Report of the Hyderabad Chloroform Commission
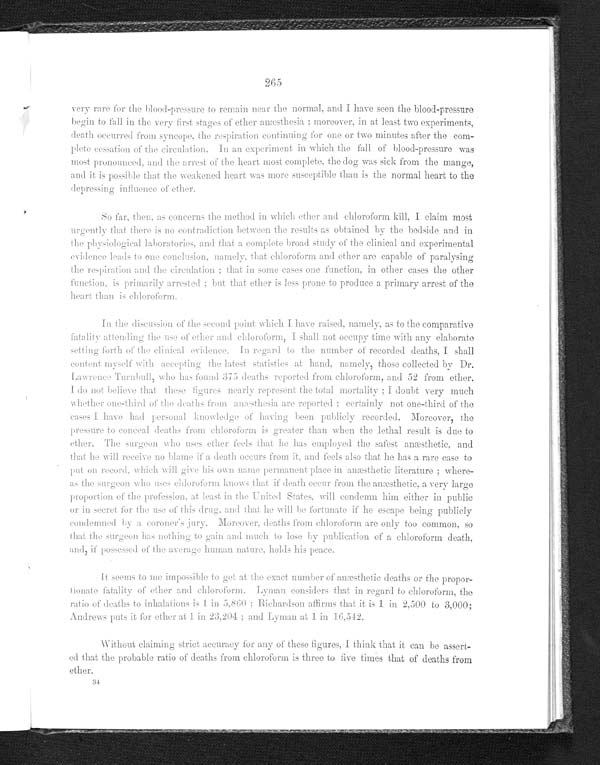
265
very rare for the blood-pressure to remain near the normal, and I have seen the blood-pressure
begin to fall in the very first stages of ether anæsthesia; moreover, in at least two experiments,
death occurred from syncope, the respiration continuing for one or two minutes after the com-
plete cessation of the circulation. In experiment in which the fall of blood-pressure was
most pronounced, and the arrest of the heart most complete, the dog was sick from the mange,
and it is possible that the weakened heart was more susceptible than is the normal heart to the
depressing influence of ether.
So far, then, as concerns the method in which ether and chloroform kill, I claim most
urgently that there is no contradiction between the results as obtained by the bedside and in
th e physiological laboratories, and that a complete broad study of the clinical and experimental
evidence leads to one conclusion, namely, that chloroform and ether are capable of paralysing
the respiration and the circulation; that in some cases one f u n c t i o n , i n o t h e r c a s e s t h e o t h e r
function, is primarily arrested, but that ether is less prone to produce a primary arrest of the
heart than is chloroform.
In the discussion of the second point which I have raised, namely, as to the comparative
fatality attending the use of ether and chloroform, I shall not occupy time with any elaborate
setting forth of the clinical evidence. In regard to the number of recorded deaths, I shall
content myself with accepting the latest statistics at hand, n
amely, those collected by Dr.
Lawrence Turnbull, who has found 375 deaths reported from chloroform, and 52 from ether.
I do not believe that these figures nearly represent the total mortality; I doubt very much
whether one-third of the deaths from anæsthesia are reported: certainly not one-third of the
cases I have had personal knowledge of having been publicly recorded. Moreover, the
pressure to conceal deaths from chloroform is greater than when the lethal result is due to
ether. The surgeon who uses ether feels that he has employed the safest anæsthetic, and
that he will receive no blame if a dea th occurs from it, and feels also that he has a rare case to
put on record
, which will give his own name permanent place in anæsthetic literature; where-
as the surgeon who uses chloroform knows that if d
eath occur from the
anæsthetic, a very large
proportion of the profession, at least in the united States, will condemn him either in public
or in secret for the use of this drug, and that he will be fortunate if he escape being publicly condemned by a coronor's jury. Moreover deaths from chloroform are only too common, so
that the surgeon has nothing to gain much to lose by publication of a chloroform death, and, if
possessed of the average human nature holds his peace.
It seems to me impossible to get at the
exact number of anæsthetic deaths or the proper-
tionate fatality of ether and chloroform. Byman considers that in regard to chloroform, the
ratio of deaths to inhalations is 1 in 5,860; Richardson affirms that it is 1 in 2,500 to 3,000;
Andrews puts it for ether at 1 in 23,204; and Lyman at 1 in 16,542.
Without claiming strict accuracy for any of these figures, I think that it can be assert-
ed that the probable ratio of deaths from chloroform is three to f ive times that of deaths from
ether.
34